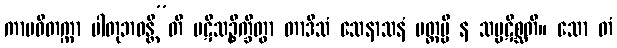
ကာမဝိတက္ကာ ပါတုဘဝန္တီ”တိ ပဋိသဉ္စိက္ခိတွာ တာဒိသံ သေနာသနံ ပတ္တမ္ပိ န သမ္ပဋိစ္ဆတိ။ သော တံ